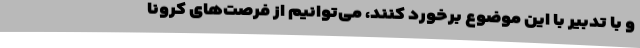
و با تدبیر با این موضوع برخورد کنند، می‌توانیم از فرصت‌های کرونا